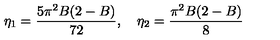
\eta _ { 1 } = \frac { 5 \pi ^ { 2 } B ( 2 - B ) } { 7 2 } , \quad \eta _ { 2 } = \frac { \pi ^ { 2 } B ( 2 - B ) } { 8 }